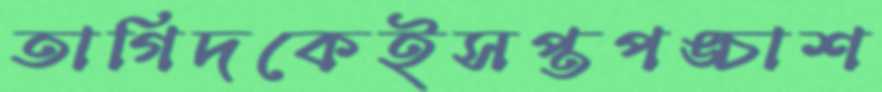
তাগিদকেইসপ্তপঙ্চাশ